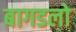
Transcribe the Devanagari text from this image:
बागडलो